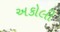
અકોલી